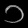
Digit: ၁